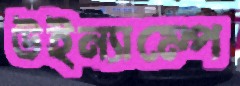
উইন্যাম্পে